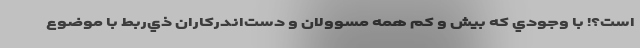
است؟! با وجودي كه بيش و كم همه مسوولان و دست‌اندركاران ذي‌ربط با موضوع